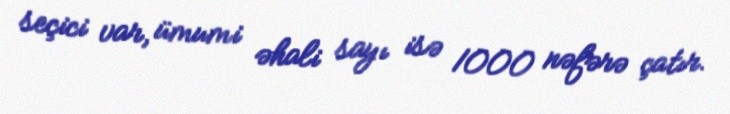
seçici var, ümumi əhali sayı isə 1000 nəfərə çatır.